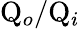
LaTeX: \mathrm{Q}_{o}/\mathrm{Q}_{i}